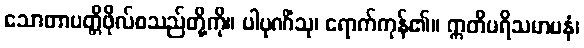
သောတာပတ္တိဖိုလ်စသည်တို့ကို။ ပါပုဏိံသု၊ ရောက်ကုန်၏။ ဣတိပရိသမာပနံ၊